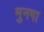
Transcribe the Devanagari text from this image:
मुनगा